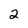
Character: 2